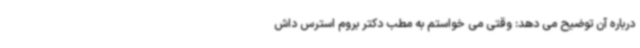
درباره آن توضیح می دهد: وقتی می خواستم به مطب دکتر بروم استرس داش